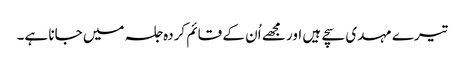
تیرے مہدی سچے ہیں اور مجھے اُن کے قائم کردہ جلسہ میں جانا ہے۔